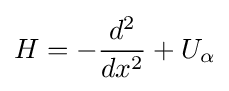
H=-{\frac {d^{2}}{dx^{2}}}+U_{\alpha }